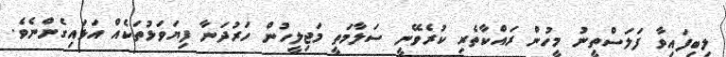
ލިބިފައިވާ ފަލަސްތީނު މީހުން ރައްކާތެރި ކުރެވޭނީ ސަލާމަތީ މަޖިލީހުން ހަރުދަނާ ފިޔަވަޅުތަކެއް އަޅައިގެންނެވެ.